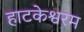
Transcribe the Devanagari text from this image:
हाटकेश्वरम